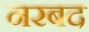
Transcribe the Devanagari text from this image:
नरबद